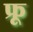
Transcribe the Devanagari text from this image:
फ्रू